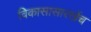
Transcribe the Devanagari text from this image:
विकासासारखेंच